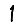
Digit: 1